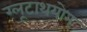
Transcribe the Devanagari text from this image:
ग्लूटाथयोन